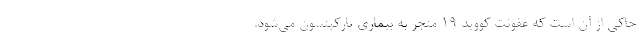
حاکی از آن است که عفونت کووید ۱۹ منجر به بیماری پارکینسون می‌شود.